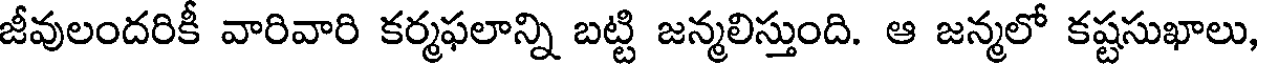
జీవులందరికీ వారివారి కర్మఫలాన్ని బట్టి జన్మలిస్తుంది. ఆ జన్మలో కష్టసుఖాలు,